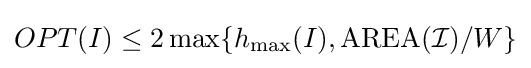
OPT(I)\leq 2\max\{h_{\max }(I),\mathrm {AREA} ({\mathcal {I}})/W\}